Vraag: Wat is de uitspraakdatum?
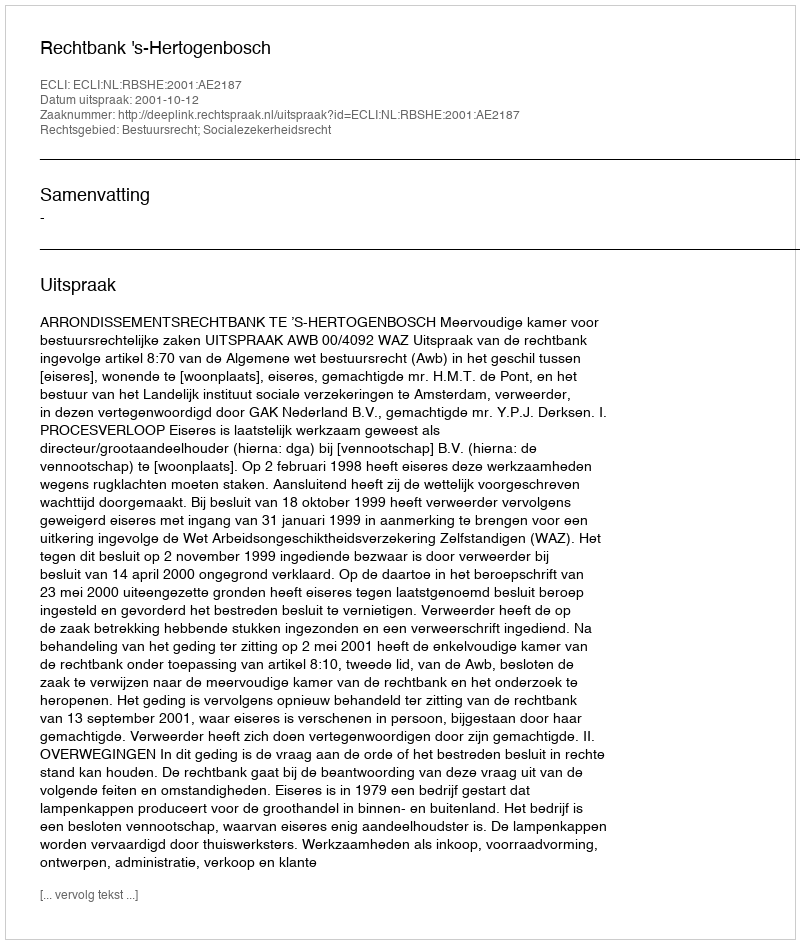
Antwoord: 2001-10-12